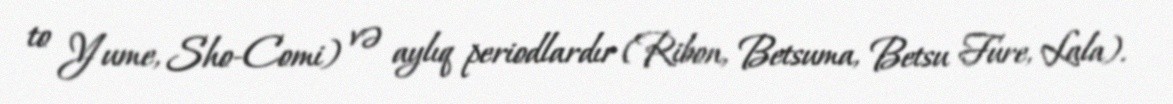
to Yume, Sho-Comi) və aylıq periodlardır (Ribon, Betsuma, Betsu Fure, Lala).